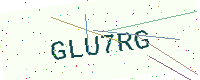
Text: GLU7RG